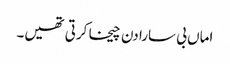
اماں بی سارا دن چیخا کرتی تھیں۔